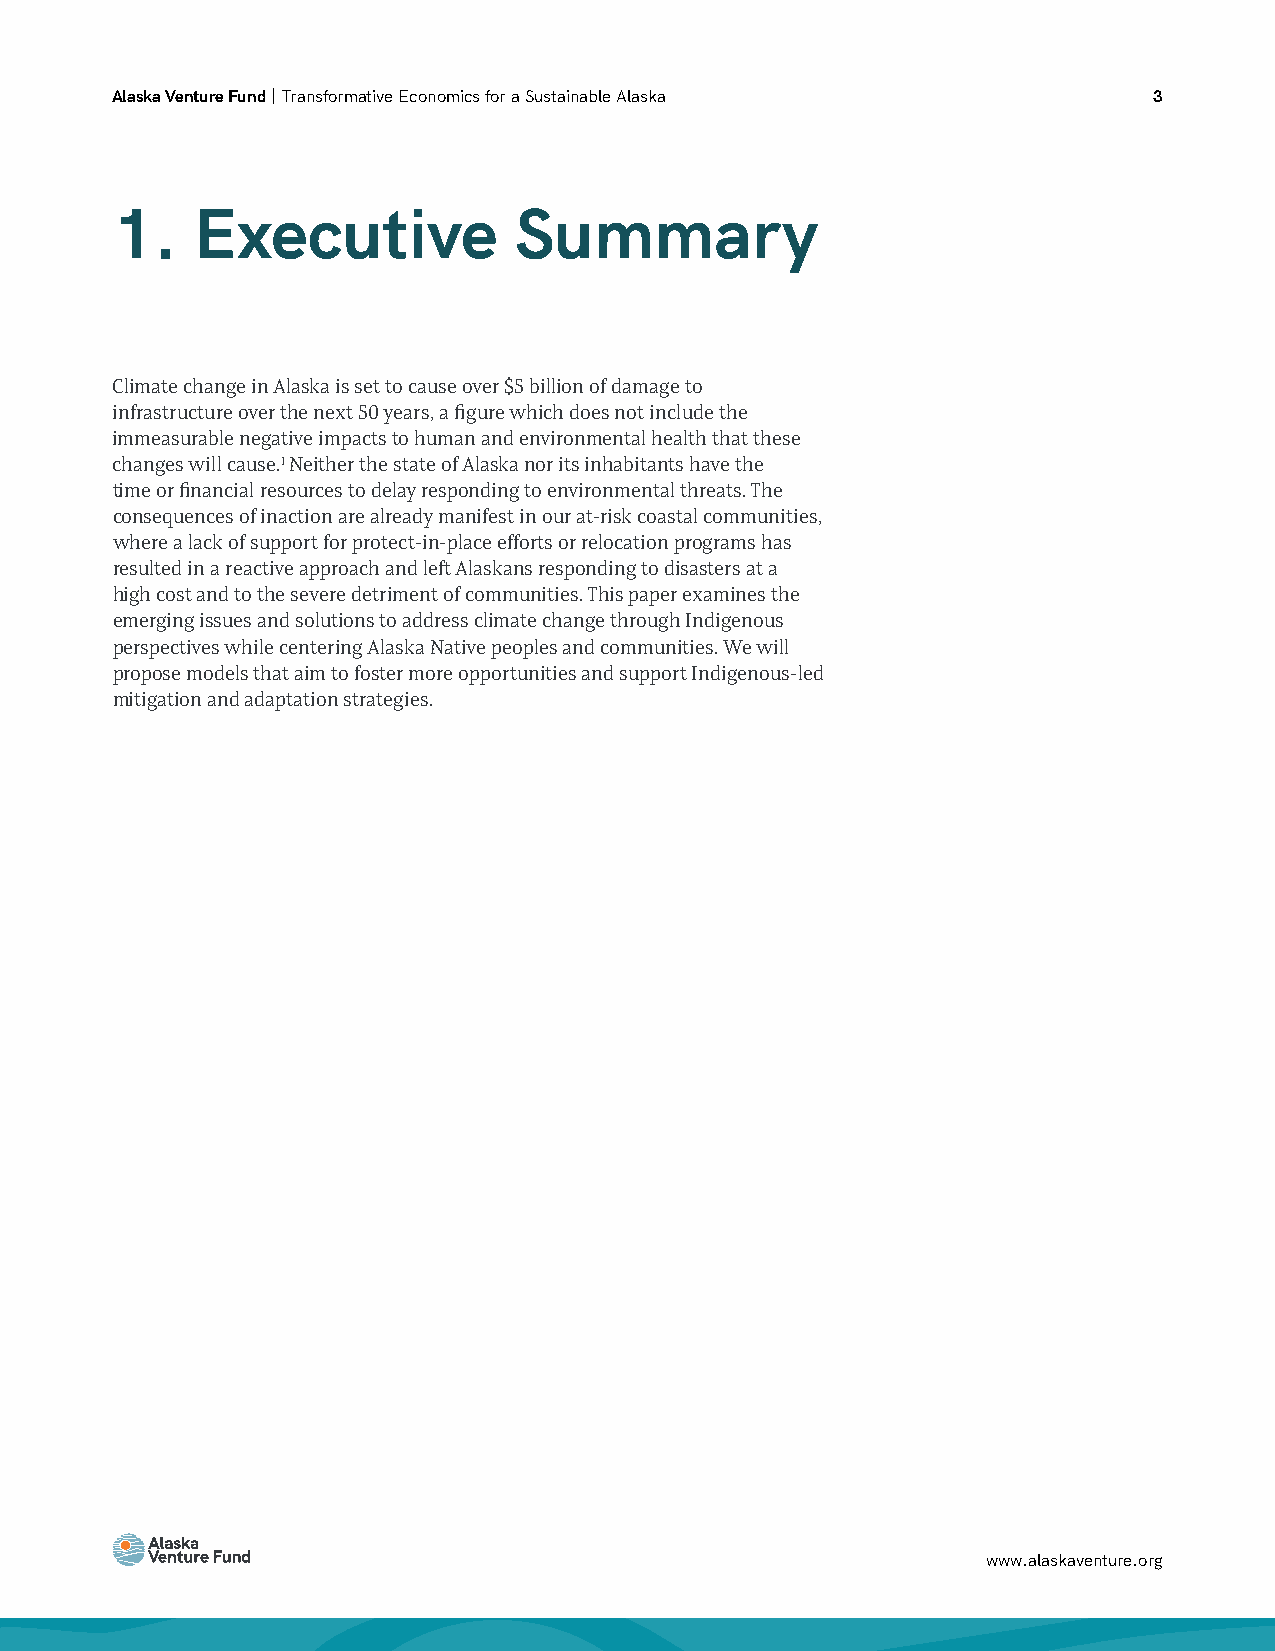
Alaska Venture Fund | Transformative Economics for a Sustainable Alaska 3
 1.    E  xecutive          Summary
 Climate change in Alaska is set to cause over $5 billion of damage to
 infrastructure over the next 50 years, a figure which does not include the
 immeasurable negative impacts to human and environmental health that these
 changes will cause.1 Neither the state of Alaska nor its inhabitants have the
 time or financial resources to delay responding to environmental threats. The
 consequences of inaction are already manifest in our at-risk coastal communities,
 where a lack of support for protect-in-place efforts or relocation programs has
 resulted in a reactive approach and left Alaskans responding to disasters at a
 high cost and to the severe detriment of communities. This paper examines the
 emerging issues and solutions to address climate change through Indigenous
 perspectives while centering Alaska Native peoples and communities. We will
 propose models that aim to foster more opportunities and support Indigenous-led
 mitigation and adaptation strategies.
 www.alaskaventure.org